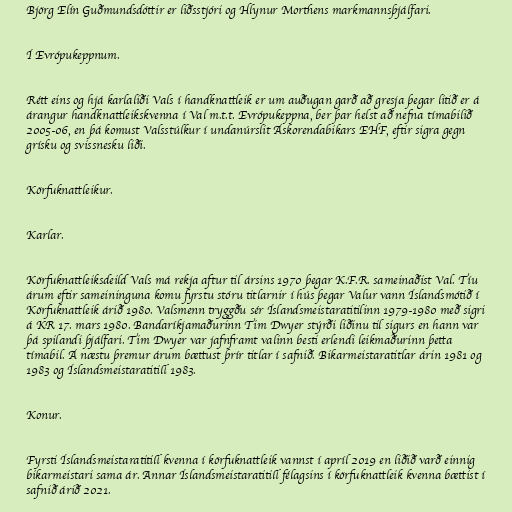
Björg Elín Guðmundsdóttir er liðsstjóri og Hlynur Morthens markmannsþjálfari.

Í Evrópukeppnum.

Rétt eins og hjá karlaliði Vals í handknattleik er um auðugan garð að gresja þegar litið er á
árangur handknattleikskvenna í Val m.t.t. Evrópukeppna, ber þar helst að nefna tímabilið
2005-06, en þá komust Valsstúlkur í undanúrslit Áskorendabikars EHF, eftir sigra gegn
grísku og svissnesku liði.

Körfuknattleikur.

Karlar.

Körfuknattleiksdeild Vals má rekja aftur til ársins 1970 þegar K.F.R. sameinaðist Val. Tíu
árum eftir sameininguna komu fyrstu stóru titlarnir í hús þegar Valur vann Íslandsmótið í
Körfuknattleik árið 1980. Valsmenn tryggðu sér Íslandsmeistaratitilinn 1979-1980 með sigri
á KR 17. mars 1980. Bandaríkjamaðurinn Tim Dwyer stýrði liðinu til sigurs en hann var
þá spilandi þjálfari. Tim Dwyer var jafnframt valinn besti erlendi leikmaðurinn þetta
tímabil. Á næstu þremur árum bættust þrír titlar í safnið. Bikarmeistaratitlar árin 1981 og
1983 og Íslandsmeistaratitill 1983.

Konur.

Fyrsti Íslandsmeistaratitill kvenna í körfuknattleik vannst í apríl 2019 en liðið varð einnig
bikarmeistari sama ár. Annar Íslandsmeistaratitill félagsins í körfuknattleik kvenna bættist í
safnið árið 2021.